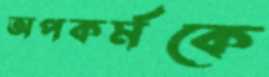
অপকর্মকে